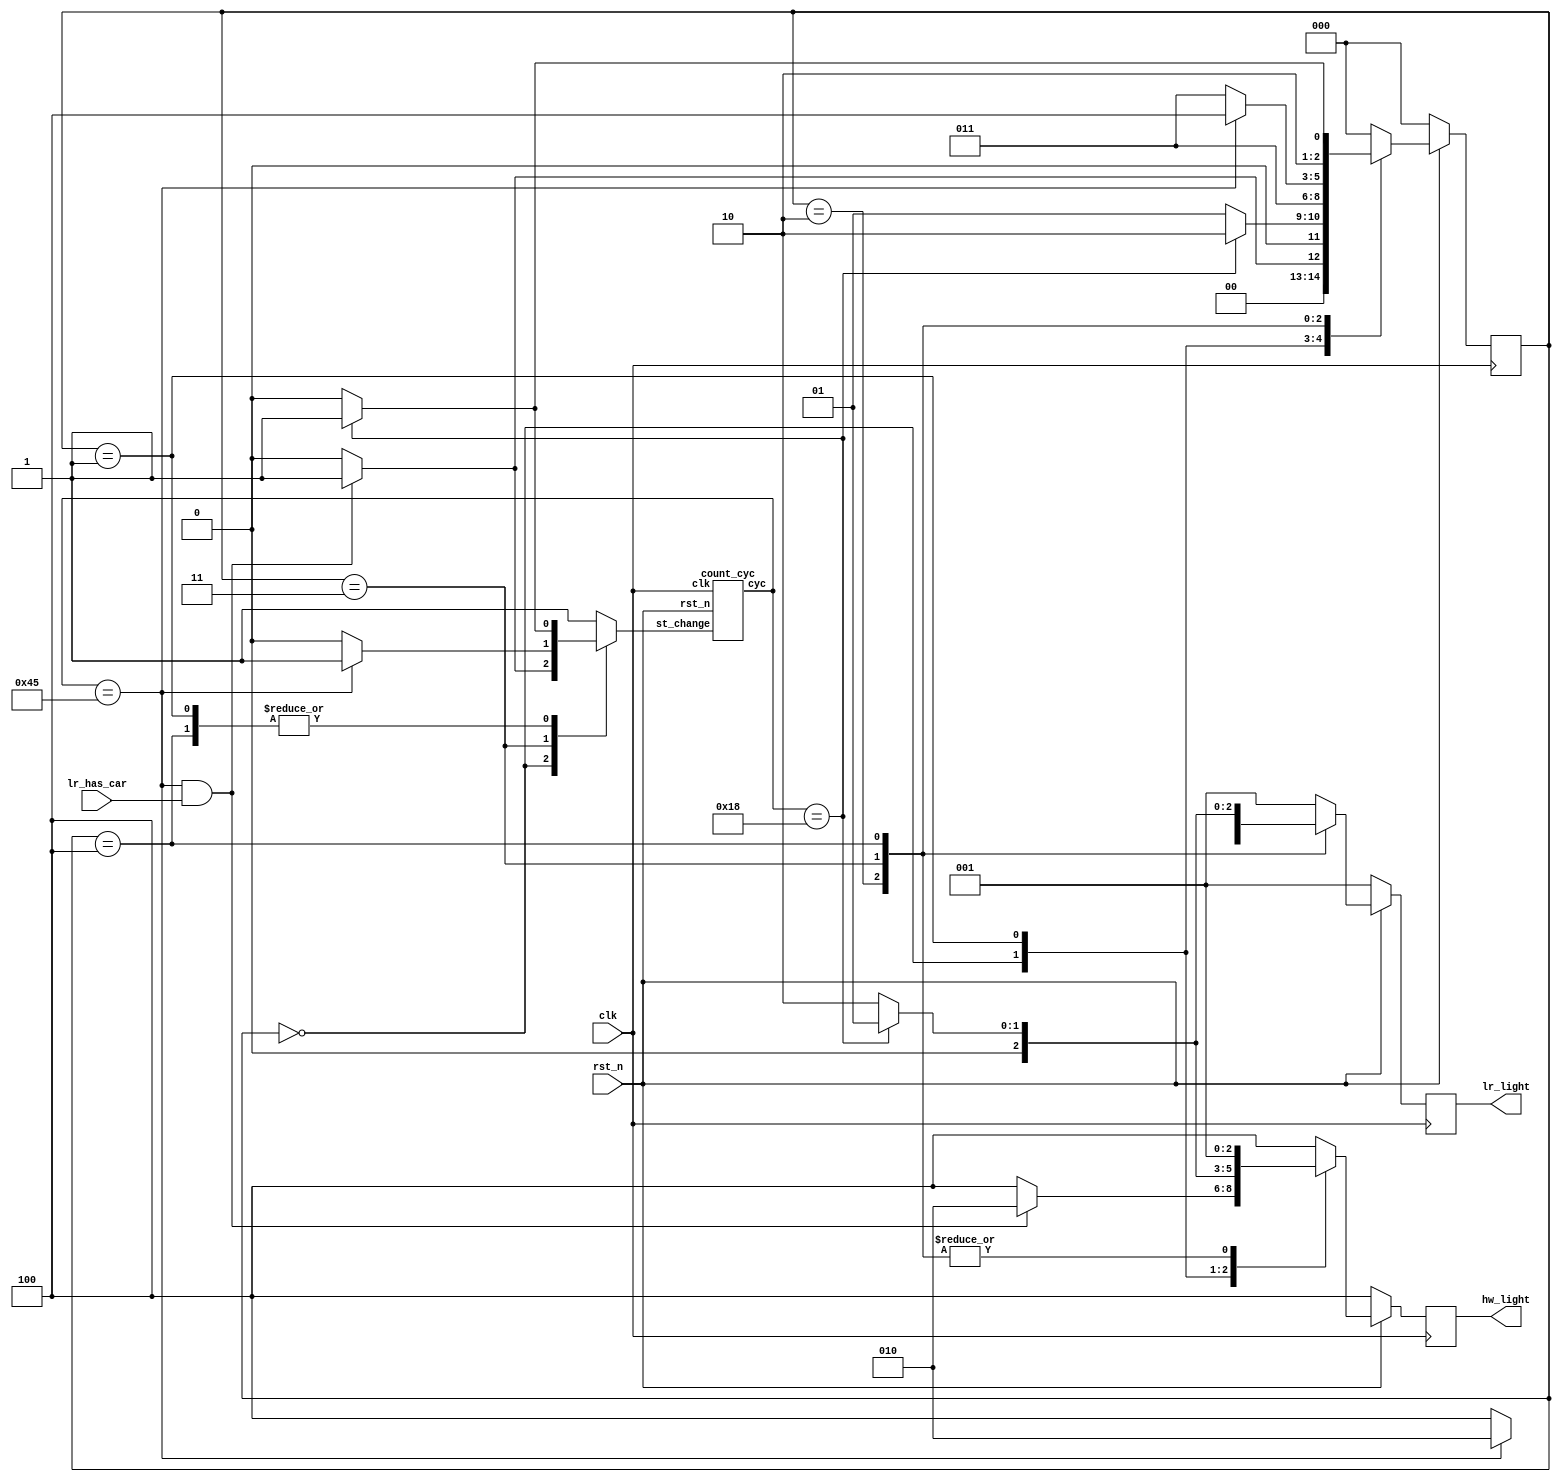
`timescale 1ns/1ps

module Traffic_Light_Controller (clk, rst_n, lr_has_car, hw_light, lr_light);
input clk, rst_n;
input lr_has_car;
output [2:0] hw_light;
output [2:0] lr_light;
// output [2:0] st;
reg [2:0]st;
reg [2:0]nxt_st;
wire [6:0]cyc;
reg st_change;
reg [2:0] hw_light, nxt_hw;
reg [2:0] lr_light, nxt_lr;
parameter S0 = 4'd0;
parameter S1 = 4'd1;
parameter S2 = 4'd2;
parameter S3 = 4'd3;
parameter S4 = 4'd4;
parameter S5 = 4'd5;
parameter Red = 3'b001;
parameter Yellow = 3'b010;
parameter Green = 3'b100;

count_cyc cc(rst_n, st_change, clk, cyc);
always@(posedge clk)begin
    if(!rst_n) begin
        st <= S0;
        hw_light <= Green;
        lr_light <= Red;
    end
    else begin
        st <= nxt_st;
        hw_light <= nxt_hw;
        lr_light <= nxt_lr;
    end
end
always@(*)begin
    case(st)
    S0:begin
        if(cyc == 7'd69 && lr_has_car)begin
            nxt_st = S1;
            nxt_hw = Yellow;
            nxt_lr = Red;
            st_change = 1'b1;
        end
        else begin
            nxt_st = S0;
            nxt_hw = Green;
            nxt_lr = Red;
            st_change = 1'b0;
        end
    end
    S1:begin
        if(cyc == 7'd24)begin
            nxt_st = S2;
            nxt_hw = Red;
            nxt_lr = Red;
            st_change = 1'b1;
        end
        else begin
            nxt_st = S1;
            nxt_hw = Yellow;
            nxt_lr = Red;
            st_change = 1'b0;
        end
    end
    S2:begin
        nxt_st = S3;
        nxt_hw = Red;
        nxt_lr = Green;
        st_change = 1'b1;
    end
    S3:begin
        if(cyc == 7'd69)begin
            nxt_st = S4;
            nxt_hw = Red;
            nxt_lr = Yellow;
            st_change = 1'b1;
        end
        else begin
            nxt_st = S3;
            nxt_hw = Red;
            nxt_lr = Green;
            st_change = 1'b0;
        end
    end
    S4:begin
        if(cyc == 7'd24)begin
            nxt_st = S5;
            nxt_hw = Red;
            nxt_lr = Red;
            st_change = 1'b1;
        end
        else begin
            nxt_st = S4;
            nxt_hw = Red;
            nxt_lr = Yellow;
            st_change = 1'b0;
        end
    end
    default:begin
        nxt_st = S0;
        nxt_hw = Green;
        nxt_lr = Red;
        st_change = 1'b1;
    end
    endcase
end

endmodule
module count_cyc(rst_n, st_change, clk, cyc);
input clk, rst_n, st_change;
output [6:0] cyc;
reg [6:0]cyc;
wire [6:0]nxt_cyc;
assign nxt_cyc = ((cyc==7'd69) ? cyc : (cyc+1'b1));
always@(posedge clk)begin
    if(!rst_n || st_change) cyc <= 7'b0;
    else begin
        cyc <= nxt_cyc;
    end
end
endmodule